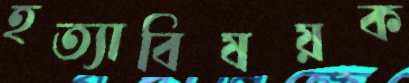
হত্যাবিষয়ক